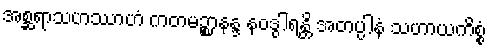
အစ္ဆရာသဟဿာဟံ ကတမဉ္စာနန္ဒ နဝဒွါရန္တိ အတပ္ပါနံ သဟာယကိစ္စံ